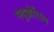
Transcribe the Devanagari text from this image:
फ्युझेरियम